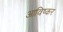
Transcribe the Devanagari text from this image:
आविष्कर